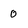
Character: 0